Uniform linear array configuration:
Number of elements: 12
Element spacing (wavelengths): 0.25
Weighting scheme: exponential
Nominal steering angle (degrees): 15
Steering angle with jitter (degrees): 13.072
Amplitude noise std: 0.05
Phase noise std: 0.05

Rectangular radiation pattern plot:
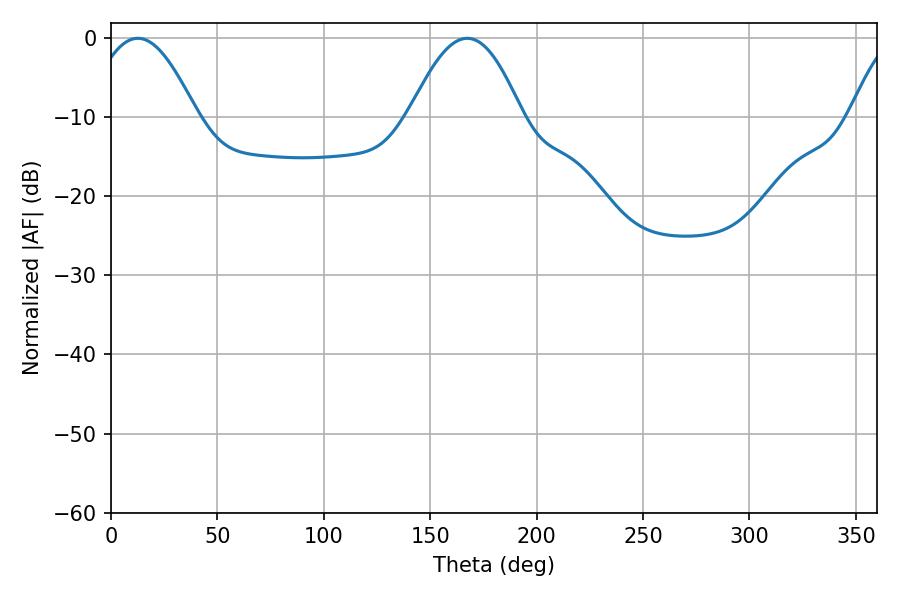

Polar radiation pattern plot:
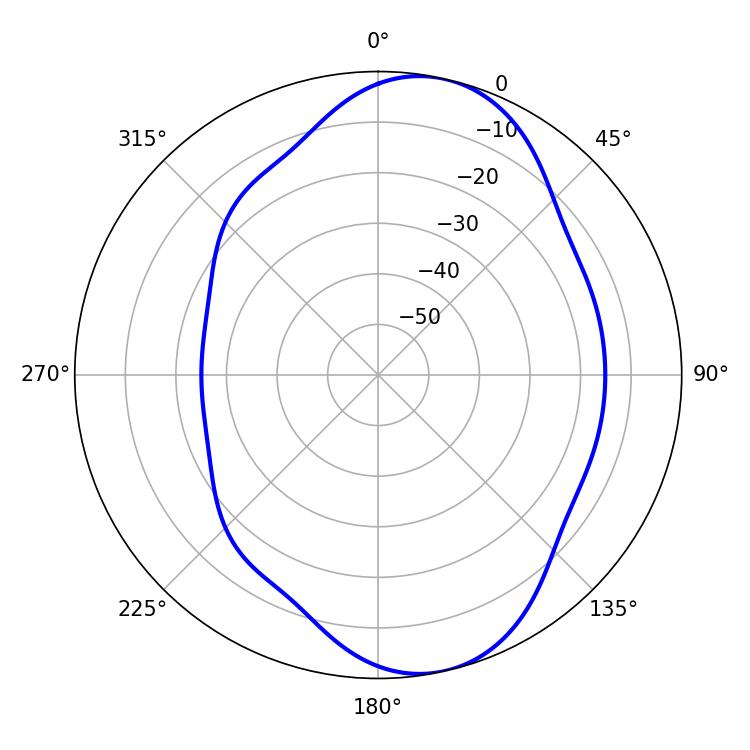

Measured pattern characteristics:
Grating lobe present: FALSE
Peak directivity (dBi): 8.702
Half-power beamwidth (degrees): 27.18
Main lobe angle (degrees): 12.6